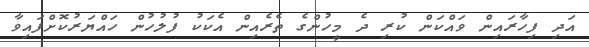
އަދި ފިހާރައިން ވައްކަން ކުރި ދެ މީހުންގެ ތެރެއިން އެކަކު ފުލުހުން ހައްޔަރުކޮށްފައިވާ